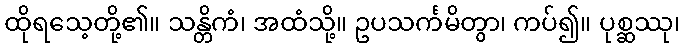
ထိုရသေ့တို့၏။ သန္တိကံ၊ အထံသို့။ ဥပသင်္ကမိတွာ၊ ကပ်၍။ ပုစ္ဆဿု၊